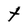
Character: t